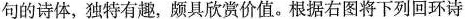
句的诗体，独特有趣，颇具欣赏价值。根据右图将下列回环诗